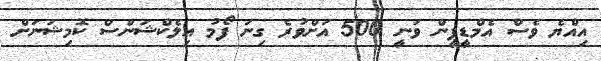
އިއްޔެ ވެސް އެމްޑީޕީން ވަނީ 500 އަށްވުރެ ގިނަ ފޯމު އިލެކްޝަންސް ކޮމިޝަނަށް